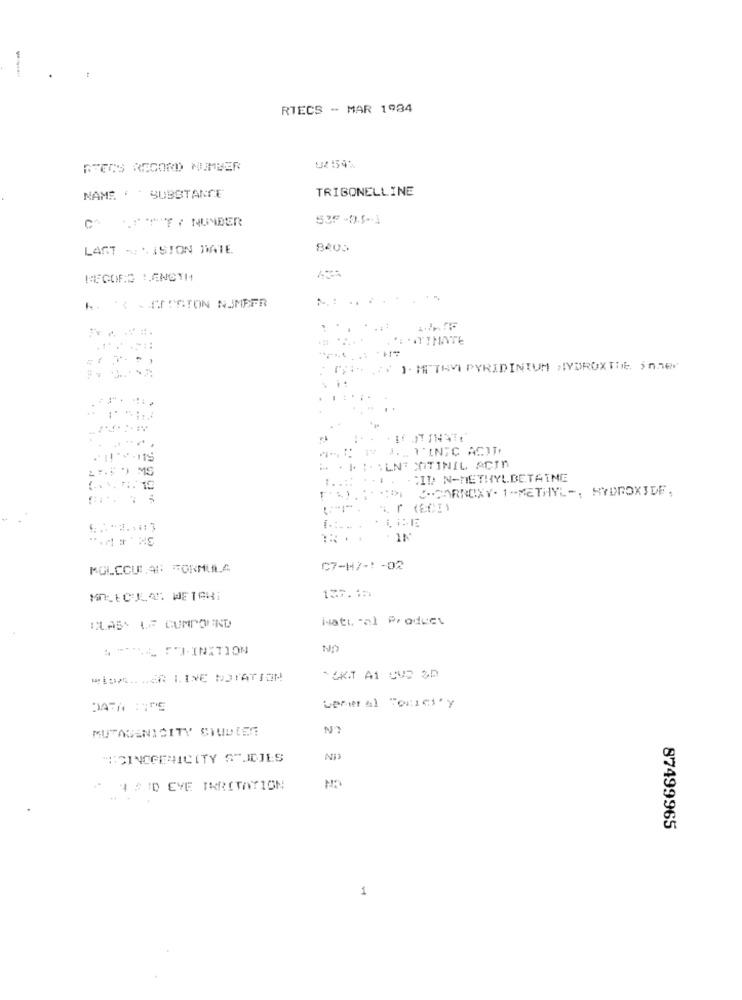
RTECS - MAR 1984
RTECS RECORD NUMBER
TRIGONELLINE
NAME : ' SUBSTANCE
CE / NUNDER
53F -9.5-1
LAST -: . ISTON DATE
8400
MEGOED LENGTH
... .. .... ..
W. * - CREATON NUMEFR
ESTIMATE
(IN )- METHVI PYRIDINIUM HYDROXIDE. inher
w-C 1 ... T'INIC ACITY
. . | BILNE SOITINIL ACIN
...:: .-
CID N-METHYLBETAINE
C.CARROXY- 1-METHYL -, HYDROXIDE,
1. r (ECIY
MOLECULAR FORMULA
C7-H7-1 -02
MOLECULAR WETAHI
137.1 ..
Hatı -al Product
CLASS LE CUMPOUND
1 -L FL-INITION
NO
WISH .. .. AR LINE NOTATION
Lerwr al Torict'y
MUTAGENICITY STUDIES
N?
MACINCGERICITY STUDIES
4SID EVE IRRITATION
87499965
1